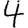
Digit: 4